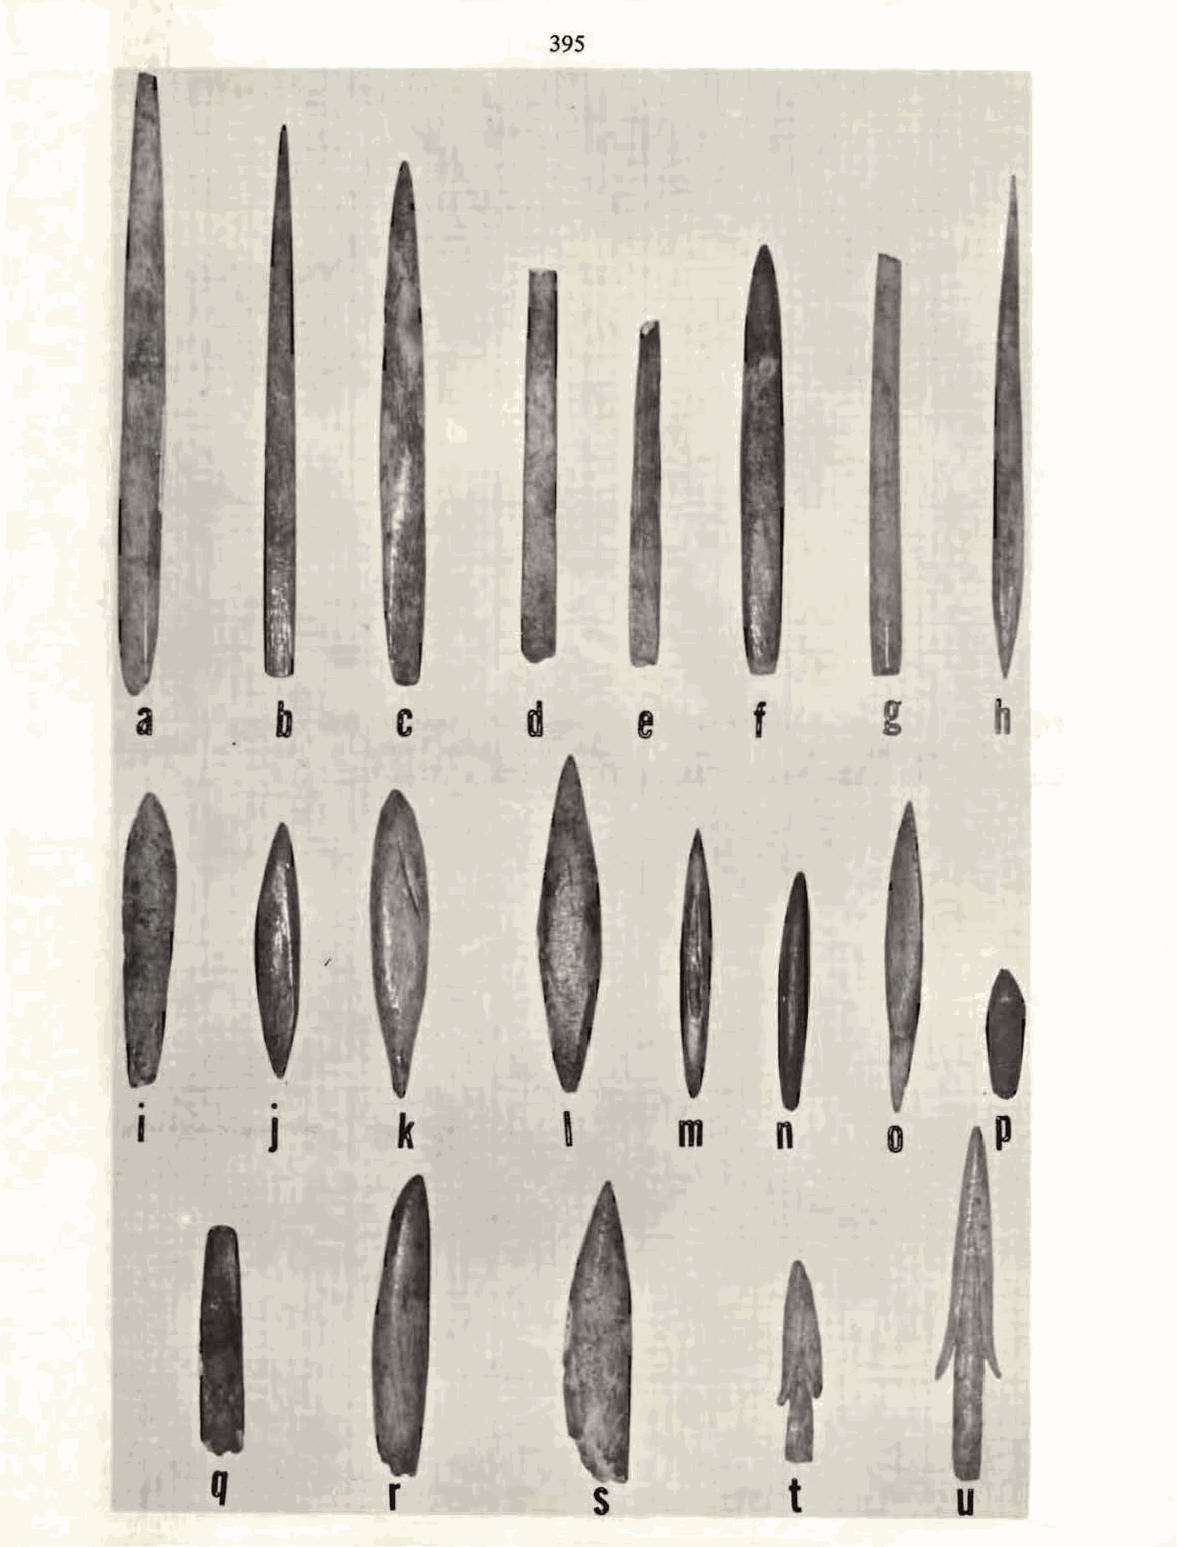
395
 a        b       c        d      e       f       g       h
 I
 •
 k          '       m     n              p
 J                                        0
 Q           r            s            t          u
 -